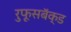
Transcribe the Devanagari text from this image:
रुफूसबॅक्ड